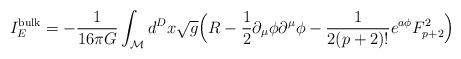
LaTeX: \begin{align*}I_E^{\mathrm{bulk}} = - \frac{1}{16\pi G} \int_{\cal{M}} d^D x \sqrt{g}\Big( R-\frac{1}{2} \partial_\mu\phi \partial^\mu \phi - \frac{1}{2(p+2)!} e^{a\phi} F_{p+2}^2 \Big)\end{align*}